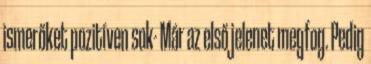
ismerőket pozitíven sok- Már az első jelenet megfog. Pedig